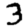
Digit: 3